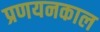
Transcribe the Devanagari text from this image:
प्रणयनकाल